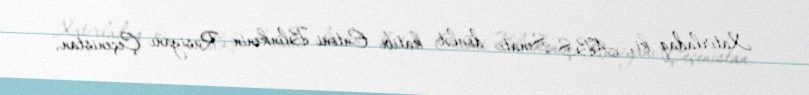
Xatırladaq ki, ABŞ Senatı dövlət katibi Entoni Blinkenin Rusiyanı Çeçenistan,